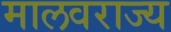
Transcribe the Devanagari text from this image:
मालवराज्य